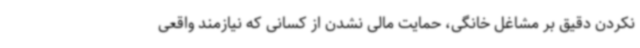
نکردن دقیق بر مشاغل خانگی، حمایت مالی نشدن از کسانی که نیازمند واقعی